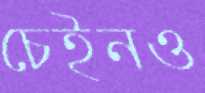
চেইনও